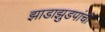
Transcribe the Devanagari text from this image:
झाडाझुडपांची